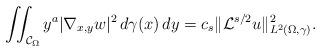
LaTeX: \begin{align*}\iint_{\mathcal{C}_{\Omega}}y^a|\nabla_{x,y}w|^{2}\,d\gamma(x)\,dy=c_s\|\mathcal{L}^{s/2}u\|^{2}_{L^{2}(\Omega,\gamma)}.\end{align*}